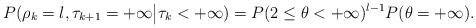
LaTeX: \begin{align*}P(\rho_k=l,\tau_{k+1}=+\infty\big|\tau_k<+\infty)=P(2\leq \theta<+\infty)^{l-1}P(\theta=+\infty).\end{align*}